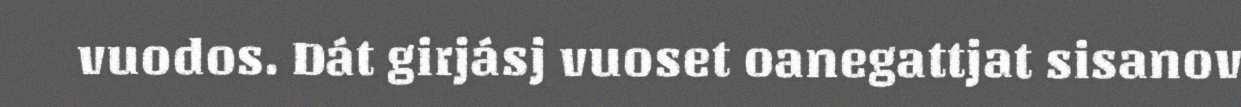
vuodos. Dát girjásj vuoset oanegattjat sisanov